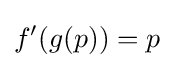
f'(g(p))=p